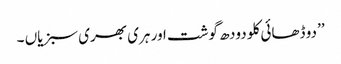
’’دو ڈھائی کلو دودھ گوشت اور ہری بھری سبزیاں ۔